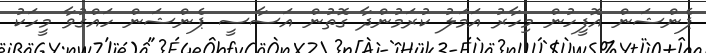
ޕެންޝަން އޮފީހުން މިހާރު އަމަލު ކުރަމުންދާ ގޮތުން އަސާސީ ޕެންޝަން ހައްގުވާ މީހަކު